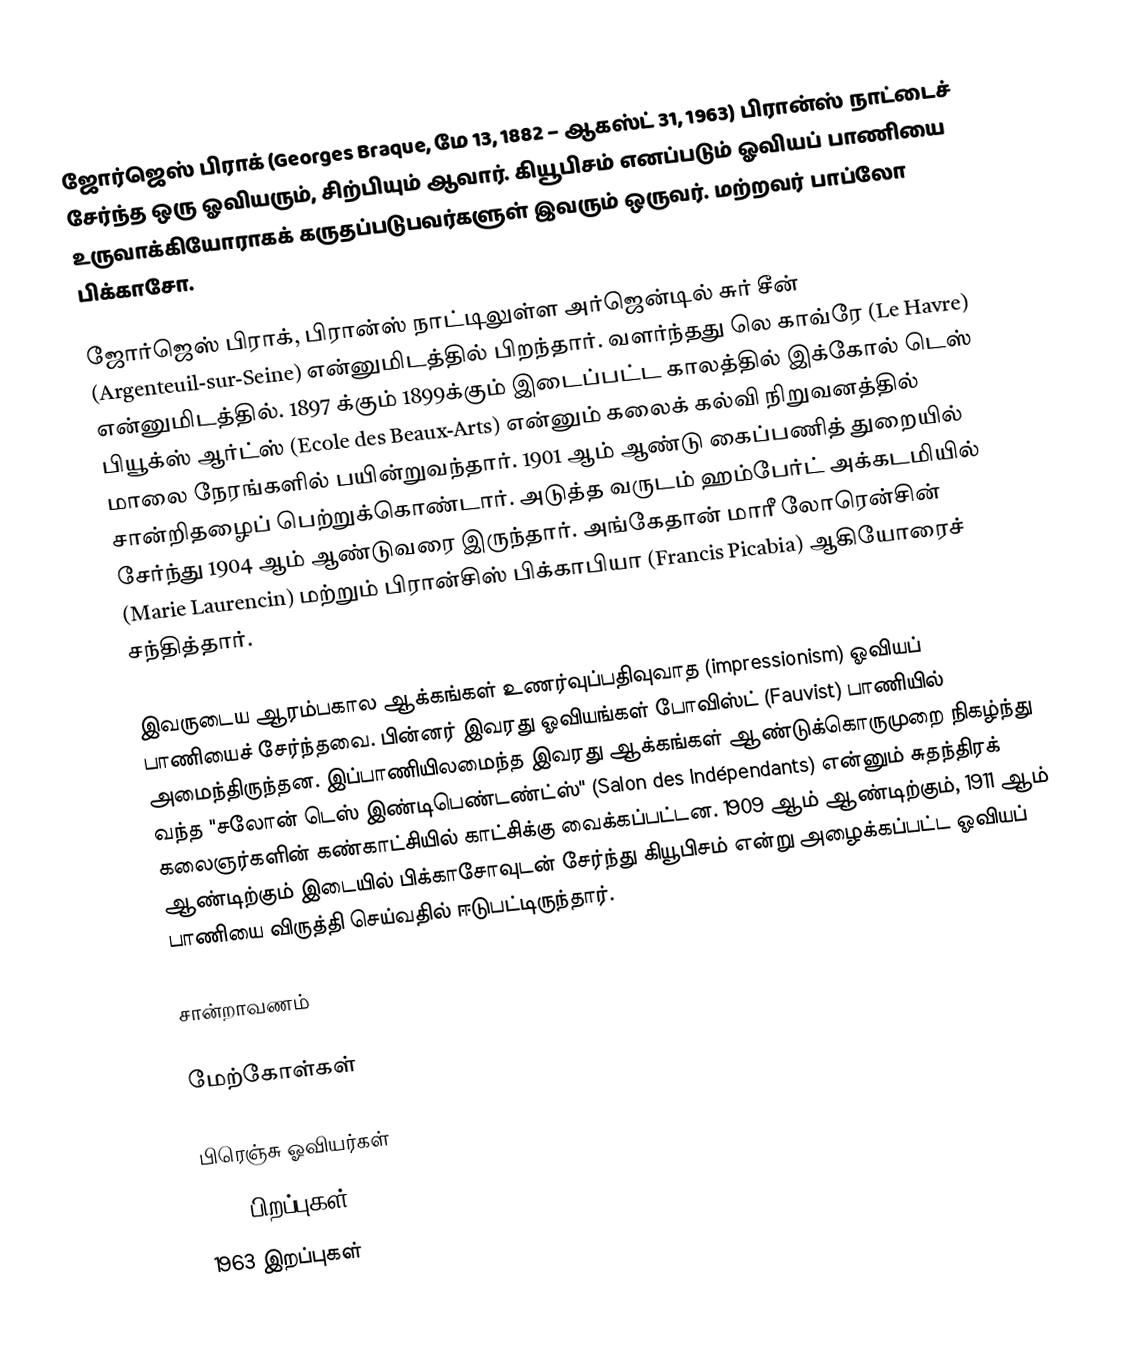
ஜோர்ஜெஸ் பிராக் (Georges Braque, மே 13, 1882 – ஆகஸ்ட் 31, 1963) பிரான்ஸ் நாட்டைச் சேர்ந்த ஒரு ஓவியரும், சிற்பியும் ஆவார். கியூபிசம் எனப்படும் ஓவியப் பாணியை உருவாக்கியோராகக் கருதப்படுபவர்களுள் இவரும் ஒருவர். மற்றவர் பாப்லோ பிக்காசோ.

ஜோர்ஜெஸ் பிராக், பிரான்ஸ் நாட்டிலுள்ள  அர்ஜென்டில் சுர் சீன்  (Argenteuil-sur-Seine) என்னுமிடத்தில் பிறந்தார். வளர்ந்தது லெ காவ்ரே (Le Havre) என்னுமிடத்தில். 1897 க்கும் 1899க்கும் இடைப்பட்ட காலத்தில் இக்கோல் டெஸ் பியூக்ஸ் ஆர்ட்ஸ் (Ecole des Beaux-Arts) என்னும் கலைக் கல்வி நிறுவனத்தில் மாலை நேரங்களில் பயின்றுவந்தார். 1901 ஆம் ஆண்டு கைப்பணித் துறையில் சான்றிதழைப் பெற்றுக்கொண்டார். அடுத்த வருடம் ஹம்பேர்ட் அக்கடமியில் சேர்ந்து 1904 ஆம் ஆண்டுவரை இருந்தார். அங்கேதான் மாரீ லோரென்சின் (Marie Laurencin) மற்றும் பிரான்சிஸ் பிக்காபியா (Francis Picabia) ஆகியோரைச் சந்தித்தார்.

இவருடைய ஆரம்பகால ஆக்கங்கள் உணர்வுப்பதிவுவாத (impressionism) ஓவியப் பாணியைச் சேர்ந்தவை. பின்னர் இவரது ஓவியங்கள் போவிஸ்ட் (Fauvist) பாணியில் அமைந்திருந்தன. இப்பாணியிலமைந்த இவரது ஆக்கங்கள் ஆண்டுக்கொருமுறை நிகழ்ந்து வந்த "சலோன் டெஸ் இண்டிபெண்டண்ட்ஸ்" (Salon des Indépendants) என்னும் சுதந்திரக் கலைஞர்களின் கண்காட்சியில் காட்சிக்கு வைக்கப்பட்டன. 1909 ஆம் ஆண்டிற்கும், 1911 ஆம் ஆண்டிற்கும் இடையில் பிக்காசோவுடன் சேர்ந்து கியூபிசம் என்று அழைக்கப்பட்ட ஓவியப் பாணியை விருத்தி செய்வதில் ஈடுபட்டிருந்தார்.

சான்றாவணம்

மேற்கோள்கள்

பிரெஞ்சு ஓவியர்கள்
1882 பிறப்புகள்
1963 இறப்புகள்